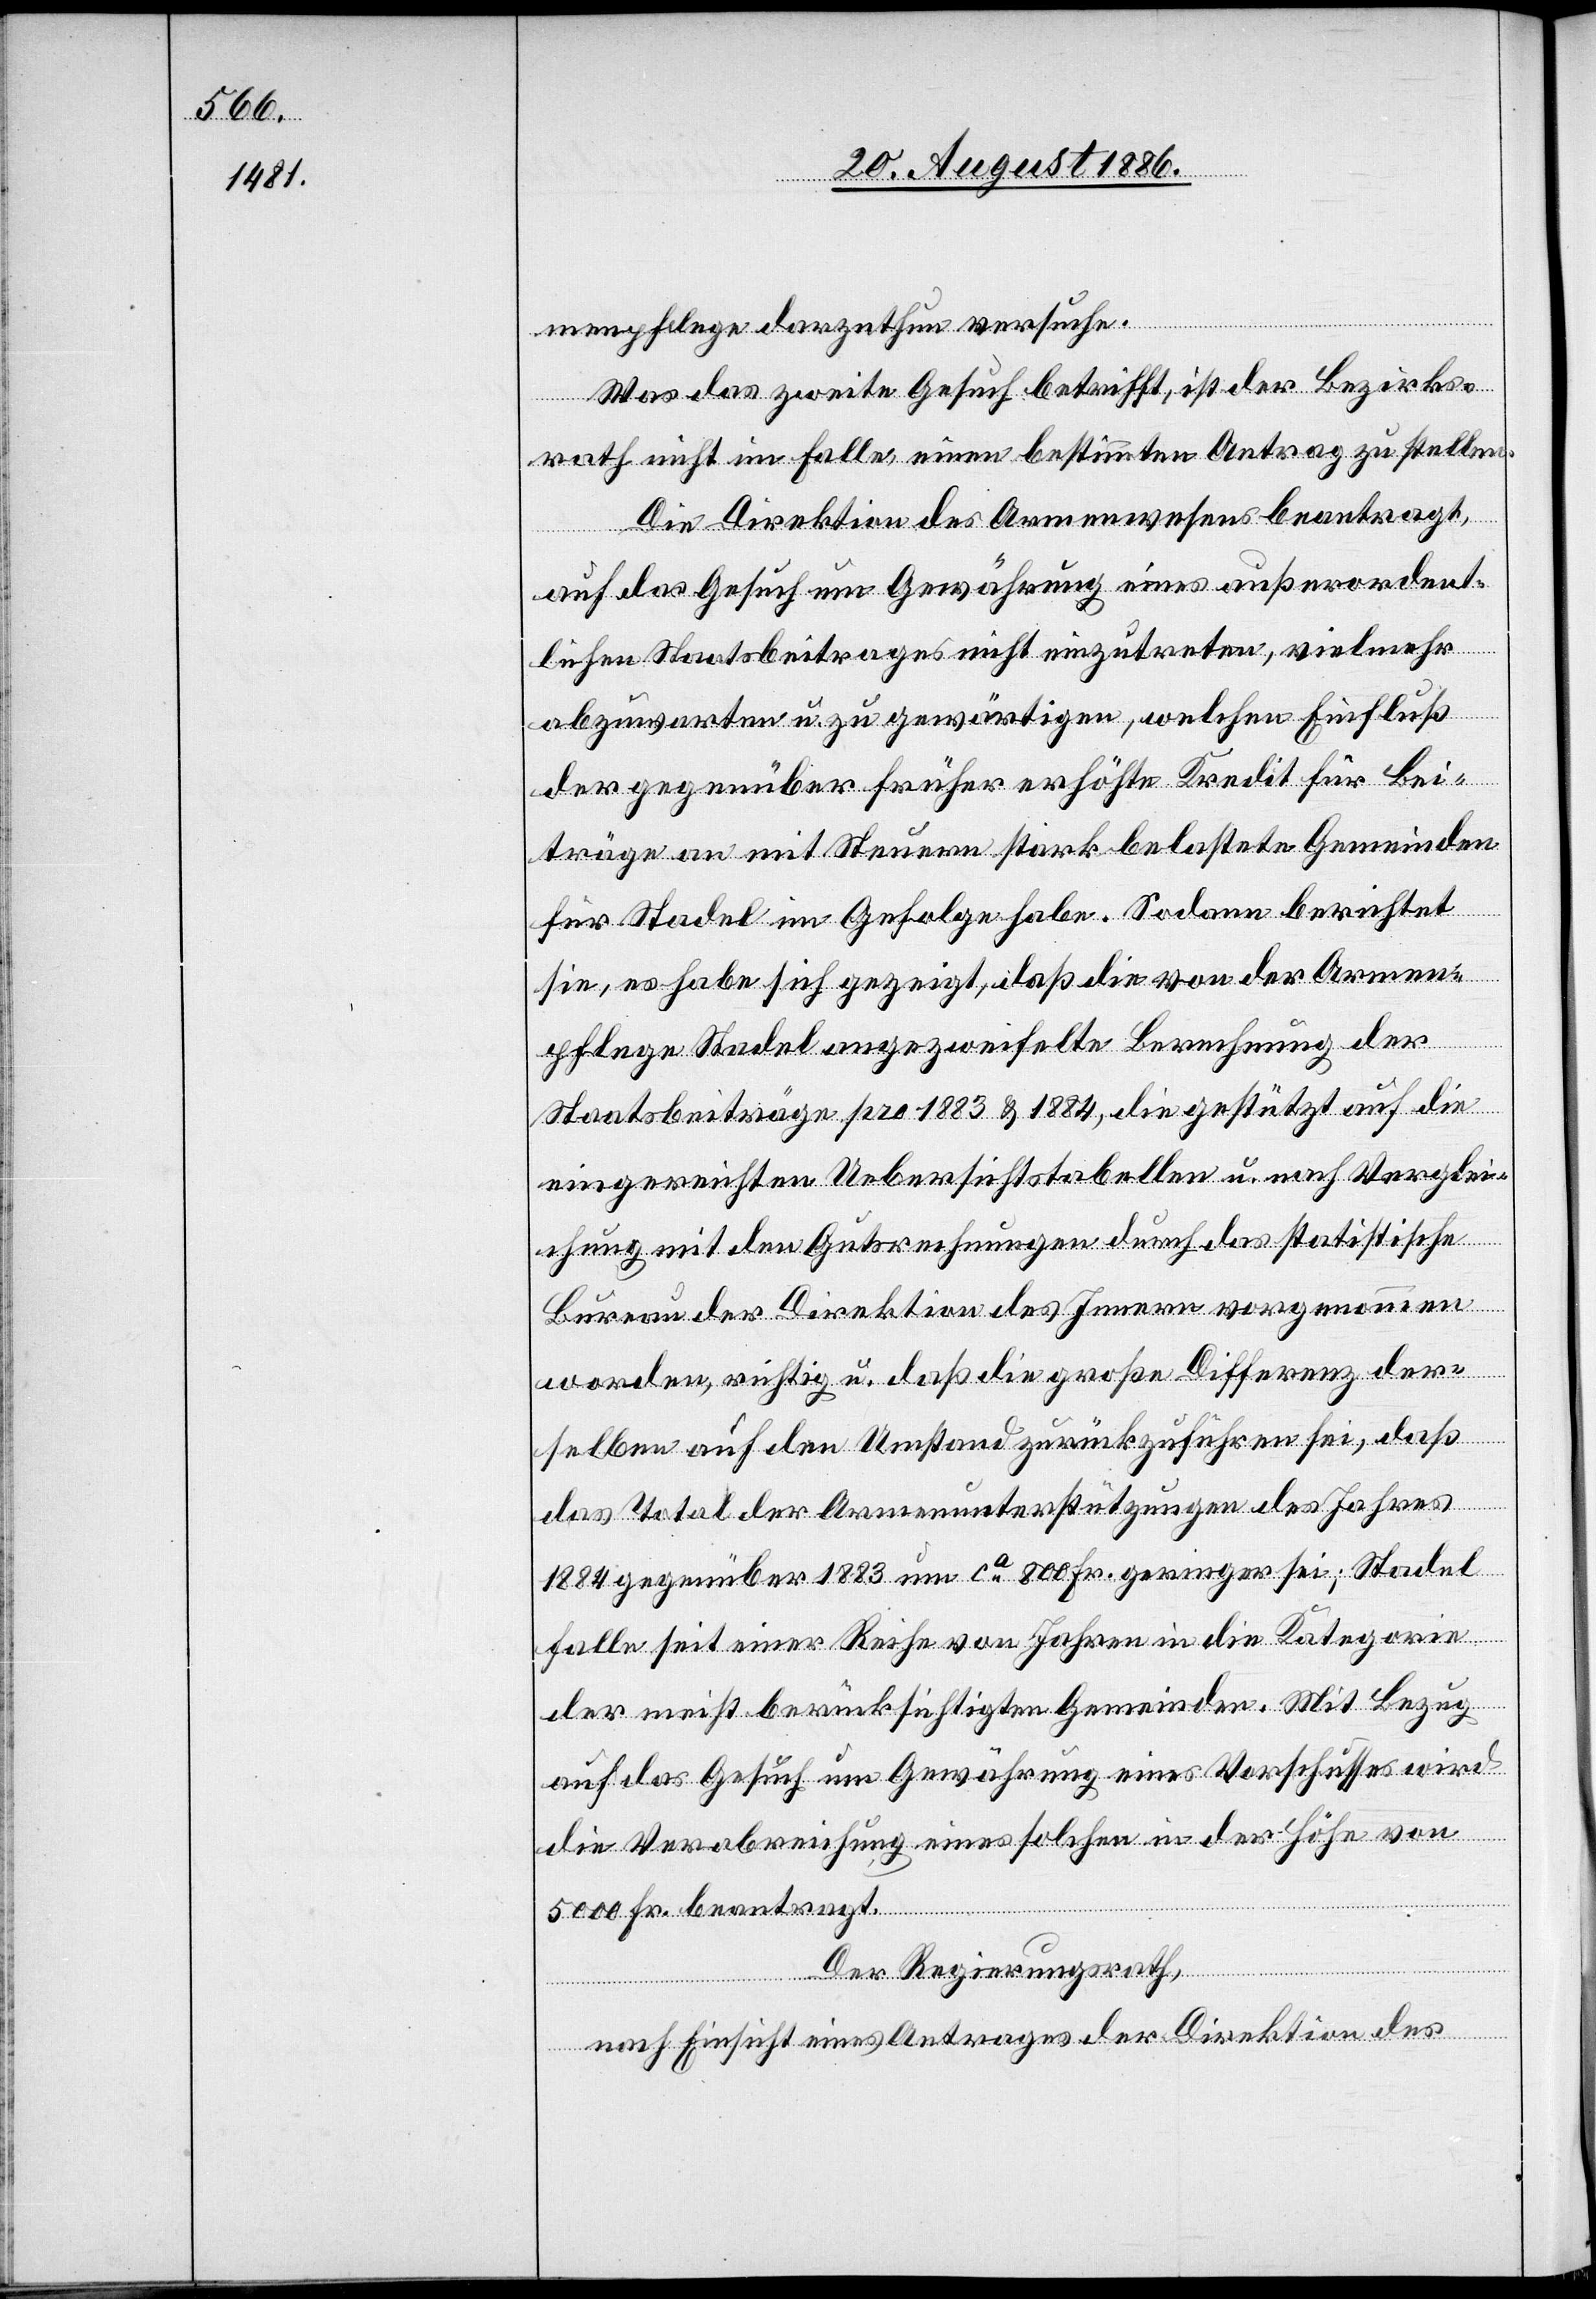
menpflege darzuthun versuche.
Was das zweite Gesuch betrifft, ist der Bezirks¬
rath nicht im Falle, einen bestimmten Antrag zu stellen.
Die Direktion des Armenwesens beantragt,
auf das Gesuch um Gewährung eines außerordent¬
lichen Staatsbeitrages nicht einzutreten, vielmehr
abzuwarten u. zu gewärtigen, welchen Einfluß
der gegenüber früher erhöhte Kredit für Bei¬
träge an mit Steuern stark belastete Gemeinden
für Stadel im Gefolge habe. Sodann berichtet
sie, es habe sich gezeigt, daß die von der Armen¬
pflege Stadel angezweifelte Rechnung der
Staatsbeiträge pro 1883 & 1884, die gestützt auf die
eingereichten Uebersichtstabellen u. nach Verglei¬
chung mit den Gutsrechnungen durch das statistische
Bureau der Direktion des Innern vorgenommen
worden, richtig u. daß die große Differenz der¬
selben auf den Umstand zurückzuführen sei, daß
das Total der Armenunterstützungen des Jahres
1884 gegenüber 1883 um ca 800 Fr. geringer sei; Stadel
falle seit einer Reihe von Jahren in die Kategorie
der meist berücksichtigten Gemeinden. Mit Bezug
auf das Gesuch um Gewährung eines Vorschusses wird
die Verabreichung eines solchen in der Höhe von
5000 Fr. beantragt.
Der Regierungsrath,
nach Einsicht eines Antrages der Direktion des